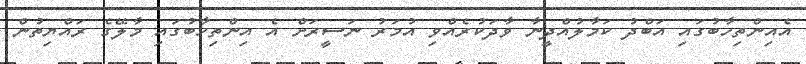
އެއިންތިހާބުގައި އަބްދު ކަމާލުއްދީނާ ވާދަކުރެއްވި އުމަރު ނަސީރަށް އެ އިންތިހާބުގައި މާލޭގެ ރައްޔިތުން